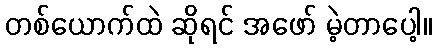
တစ်ယောက်ထဲ ဆိုရင် အဖော် မဲ့တာပေါ့။